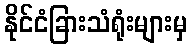
နိုင်ငံခြားသံရုံးများမှ